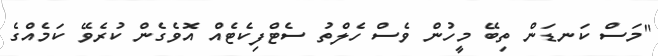
"މަސް ކަނޑަން ތިބޭ މީހުން ވެސް ހެލްތު ސެޓްފިކެޓެއް އޮވެގެން ކުރެވޭ ކަމެއްގެ